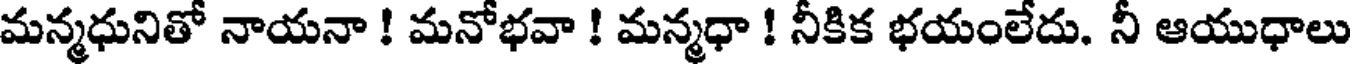
మన్మధునితో నాయనా ! మనోభవా ! మన్మధా ! నీకిక భయంలేదు. నీ ఆయుధాలు